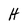
Character: H